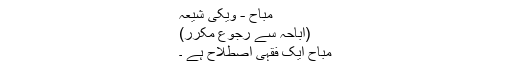
مباح - ویکی شیعہ
(اباحہ سے رجوع مکرر)
مباح ایک فقہی اصطلاح ہے ۔